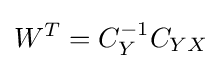
W^{T}=C_{Y}^{-1}C_{YX}